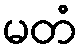
မတံ